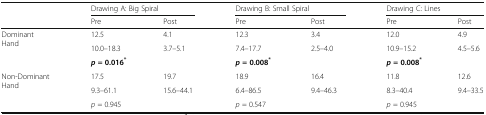
<table><thead><tr><td rowspan="2"></td><td colspan="2"><b>Drawing A: Big Spiral</b></td><td colspan="2"><b>Drawing B: Small Spiral</b></td><td colspan="2"><b>Drawing C: Lines</b></td></tr><tr><td><b>Pre</b></td><td><b>Post</b></td><td><b>Pre</b></td><td><b>Post</b></td><td><b>Pre</b></td><td><b>Post</b></td></tr></thead><tbody><tr><td rowspan="3">DominantHand</td><td>12.5</td><td>4.1</td><td>12.3</td><td>3.4</td><td>12.0</td><td>4.9</td></tr><tr><td>10.0–18.3</td><td>3.7–5.1</td><td>7.4–17.7</td><td>2.5–4.0</td><td>10.9–15.2</td><td>4.5–5.6</td></tr><tr><td colspan="2"><b><i>p</i></b> <b>= 0.016</b><sup><b>*</b></sup></td><td colspan="2"><b><i>p</i></b> <b>= 0.008</b><sup><b>*</b></sup></td><td colspan="2"><b><i>p</i></b> <b>= 0.008</b><sup><b>*</b></sup></td></tr><tr><td rowspan="3">Non-DominantHand</td><td>17.5</td><td>19.7</td><td>18.9</td><td>16.4</td><td>11.8</td><td>12.6</td></tr><tr><td>9.3–61.1</td><td>15.6–44.1</td><td>6.4–86.5</td><td>9.4–46.3</td><td>8.3–40.4</td><td>9.4–33.5</td></tr><tr><td colspan="2"><i>p</i> = 0.945</td><td colspan="2"><i>p</i> = 0.547</td><td colspan="2"><i>p</i> = 0.945</td></tr></tbody></table>